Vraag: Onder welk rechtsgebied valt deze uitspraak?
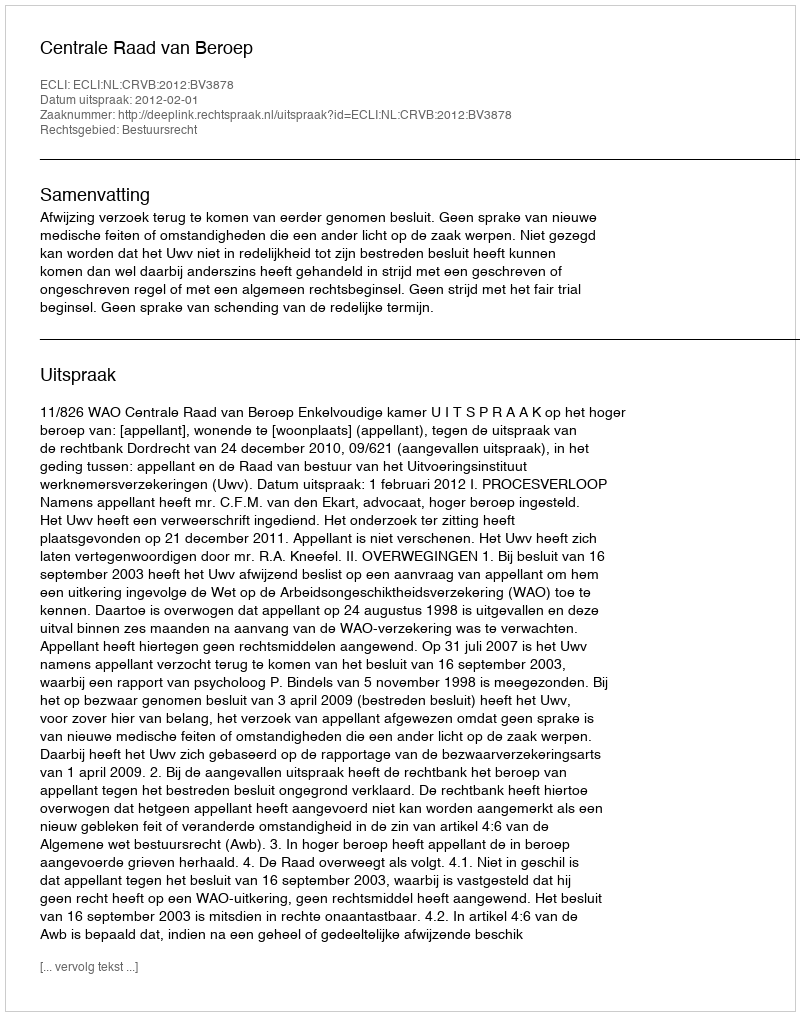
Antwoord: Bestuursrecht